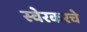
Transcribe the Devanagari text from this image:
स्वेरकरचे